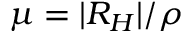
\mu = | R _ { H } | / \rho